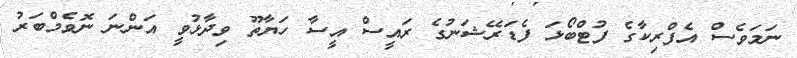
ނަމަވެސް އެފްރިކާގެ ފުޓްބޯޅަ ފެޑަރޭޝަނުގެ ރައީސް އީސާ ހަޔާތޫ ވިދާޅުވީ އަންނަ ނޮވެމްބަރު